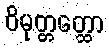
ဝိမုတ္တတ္ထော